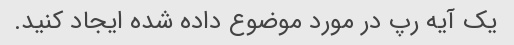
یک آیه رپ در مورد موضوع داده شده ایجاد کنید.